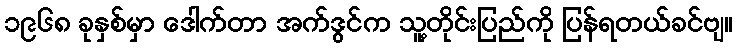
၁၉၆၈ ခုနှစ်မှာ ဒေါက်တာ အက်ဒွင်က သူ့တိုင်းပြည်ကို ပြန်ရတယ်ခင်ဗျ။